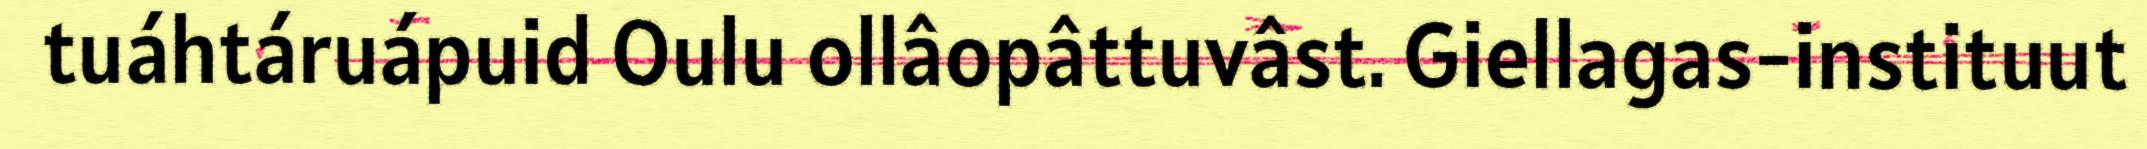
tuáhtáruápuid Oulu ollâopâttuvâst. Giellagas-instituut